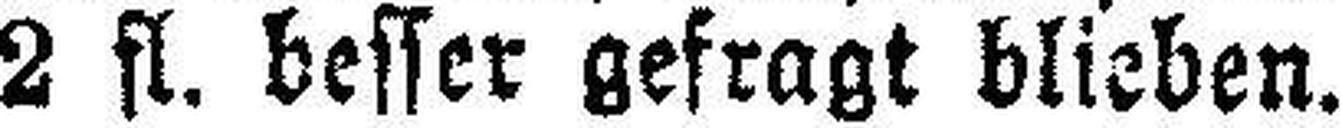
2 fl. besser gefragt blieben.